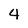
Character: 4